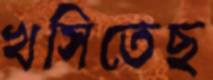
খসিতেছ